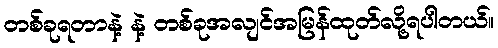
တစ်ခုရတာနဲ့ နဲ့ တစ်ခုအလျင်အမြန်ထုတ်လို့ရပါတယ်။